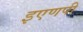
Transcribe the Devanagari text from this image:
इएणपी